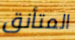
المتأنق